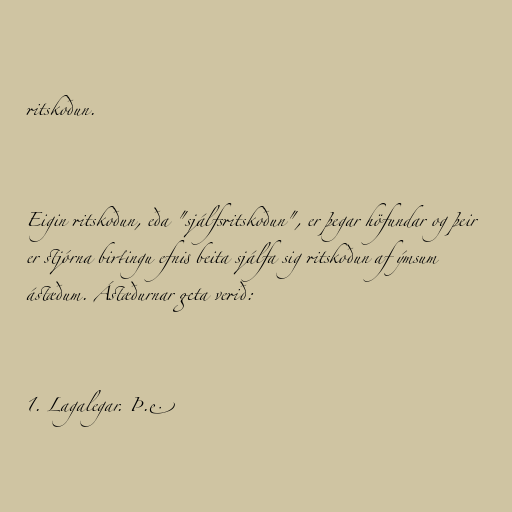
ritskoðun.

Eigin ritskoðun, eða "sjálfsritskoðun", er þegar höfundar og þeir
er stjórna birtingu efnis beita sjálfa sig ritskoðun af ýmsum
ástæðum. Ástæðurnar geta verið:

1. Lagalegar. Þ.e.